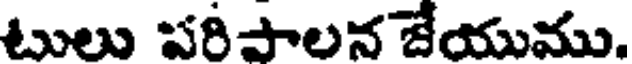
టులు పరిపాలన జేయుము.